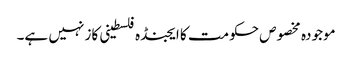
موجودہ مخصوص حکومت کا ایجنڈہ فلسطینی کاز نہیں ہے۔